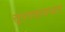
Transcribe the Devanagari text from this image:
सूपरवायजर